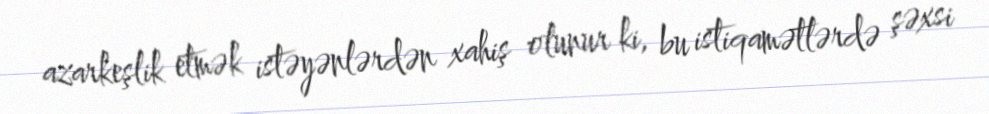
azarkeşlik etmək istəyənlərdən xahiş olunur ki, bu istiqamətlərdə şəxsi